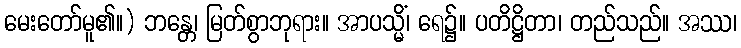
မေးတော်မူ၏။) ဘန္တေ၊ မြတ်စွာဘုရား။ အာပသ္မိံ၊ ရေ၌။ ပတိဋ္ဌိတာ၊ တည်သည်။ အဿ၊